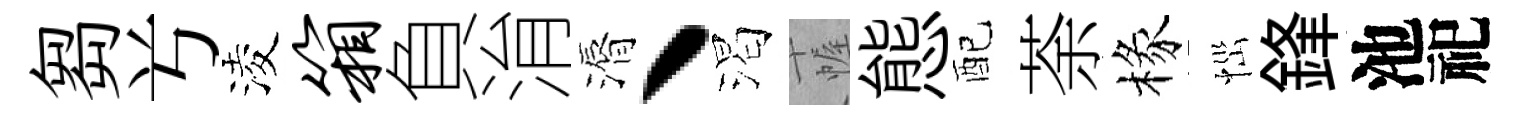
芻𠔃淩箱負㳙漘丶渴幄態配荼椽𢙉鋒池祀